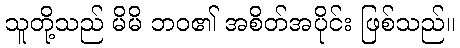
သူတို့သည် မိမိ ဘဝ၏ အစိတ်အပိုင်း ဖြစ်သည်။